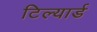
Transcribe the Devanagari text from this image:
टिल्यार्ड